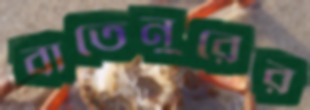
বাতেনুরের